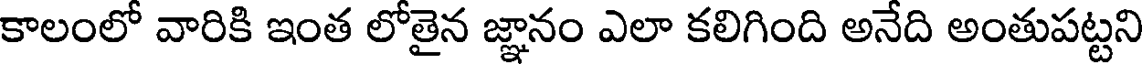
కాలంలో వారికి ఇంత లోతైన జ్ఞానం ఎలా కలిగింది అనేది అంతుపట్టని